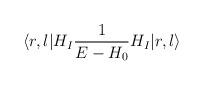
LaTeX: \begin{align*}\langle r, l | H_I {1\over E-H_0} H_I | r,l \rangle\end{align*}